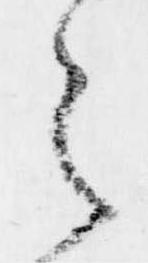
之